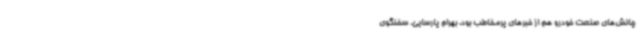
چالش‌های صنعت خودرو هم از خبرهای پرمخاطب بود. بهرام پارسایی، سخنگوی